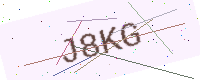
Text: J8KG